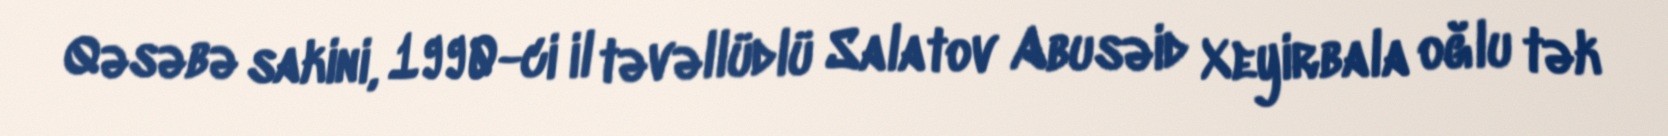
Qəsəbə sakini, 1990-ci il təvəllüdlü Salatov Abusəid Xeyirbala oğlu tək